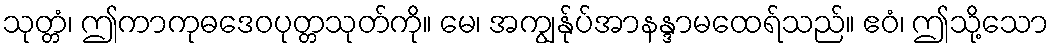
သုတ္တံ၊ ဤကာကုဓဒေဝပုတ္တသုတ်ကို။ မေ၊ အကျွန်ုပ်အာနန္ဒာမထေရ်သည်။ ဧဝံ၊ ဤသို့သော